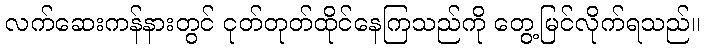
လက်ဆေးကန်နားတွင် ငုတ်တုတ်ထိုင်နေကြသည်ကို တွေ့မြင်လိုက်ရသည်။